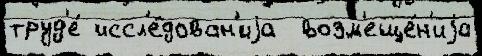
труд'е́ иссл'е́дован'иjа  возм'еще́н'иjа